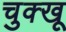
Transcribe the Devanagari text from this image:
चुक्खू